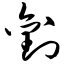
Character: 刘